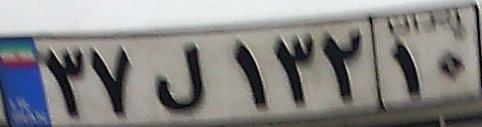
۳۷ل۱۳۲۱۰